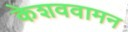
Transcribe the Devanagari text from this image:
केशववामन